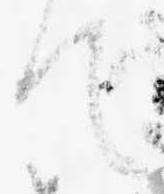
て